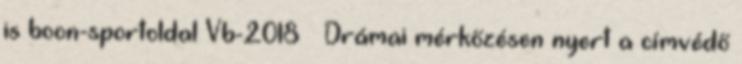
is boon-sportoldal Vb-2018 – Drámai mérkőzésen nyert a címvédő